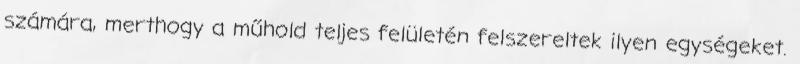
számára, merthogy a műhold teljes felületén felszereltek ilyen egységeket.